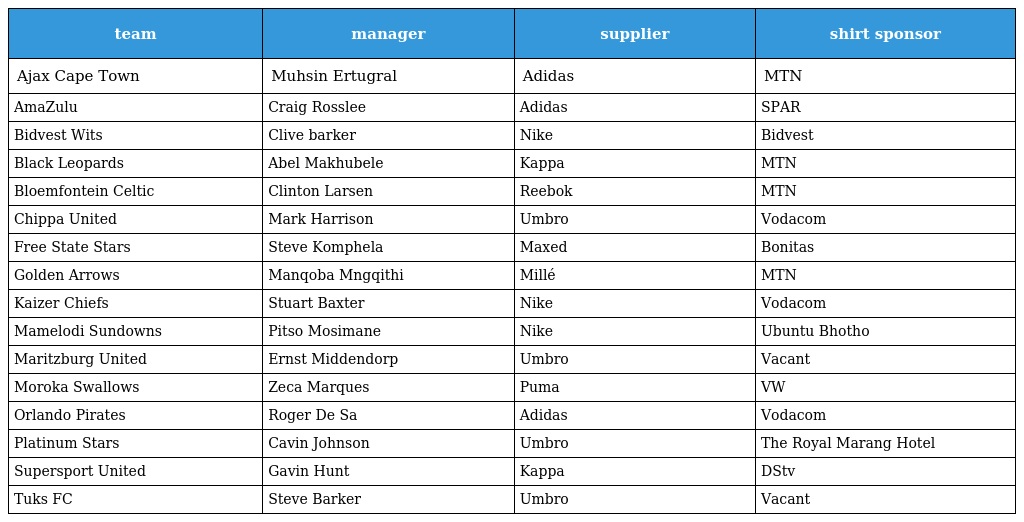
| team | manager | supplier | shirt sponsor |
 | --- | --- | --- | --- |
 | Ajax Cape Town | Muhsin Ertugral | Adidas | MTN |
 | AmaZulu | Craig Rosslee | Adidas | SPAR |
 | Bidvest Wits | Clive barker | Nike | Bidvest |
 | Black Leopards | Abel Makhubele | Kappa | MTN |
 | Bloemfontein Celtic | Clinton Larsen | Reebok | MTN |
 | Chippa United | Mark Harrison | Umbro | Vodacom |
 | Free State Stars | Steve Komphela | Maxed | Bonitas |
 | Golden Arrows | Manqoba Mngqithi | Millé | MTN |
 | Kaizer Chiefs | Stuart Baxter | Nike | Vodacom |
 | Mamelodi Sundowns | Pitso Mosimane | Nike | Ubuntu Bhotho |
 | Maritzburg United | Ernst Middendorp | Umbro | Vacant |
 | Moroka Swallows | Zeca Marques | Puma | VW |
 | Orlando Pirates | Roger De Sa | Adidas | Vodacom |
 | Platinum Stars | Cavin Johnson | Umbro | The Royal Marang Hotel |
 | Supersport United | Gavin Hunt | Kappa | DStv |
 | Tuks FC | Steve Barker | Umbro | Vacant |